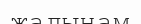
жалынам